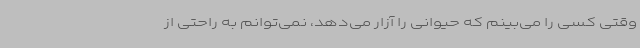
وقتی کسی را می‌بینم که حیوانی را آزار می‌دهد، نمی‌توانم به راحتی از